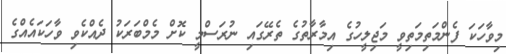
މިވާހަކަ ފެންމަތިމަތިވީ މަޖިލީހުގެ އިމާރާތުގެ ތެރޭގައި ނުރަސްމީ ކޮށް މެމްބަރަކު ދެއްކެވި ވާހަކައެއްގެ